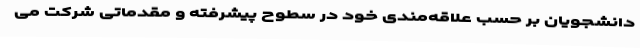
دانشجویان بر حسب علاقه‌مندی خود در سطوح پیشرفته و مقدماتی شرکت می